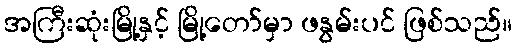
အကြီးဆုံးမြို့နှင့် မြို့တော်မှာ ဖနွမ်းပင် ဖြစ်သည်။